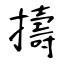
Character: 擣